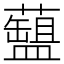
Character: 𧂚